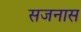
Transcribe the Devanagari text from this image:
सजनास